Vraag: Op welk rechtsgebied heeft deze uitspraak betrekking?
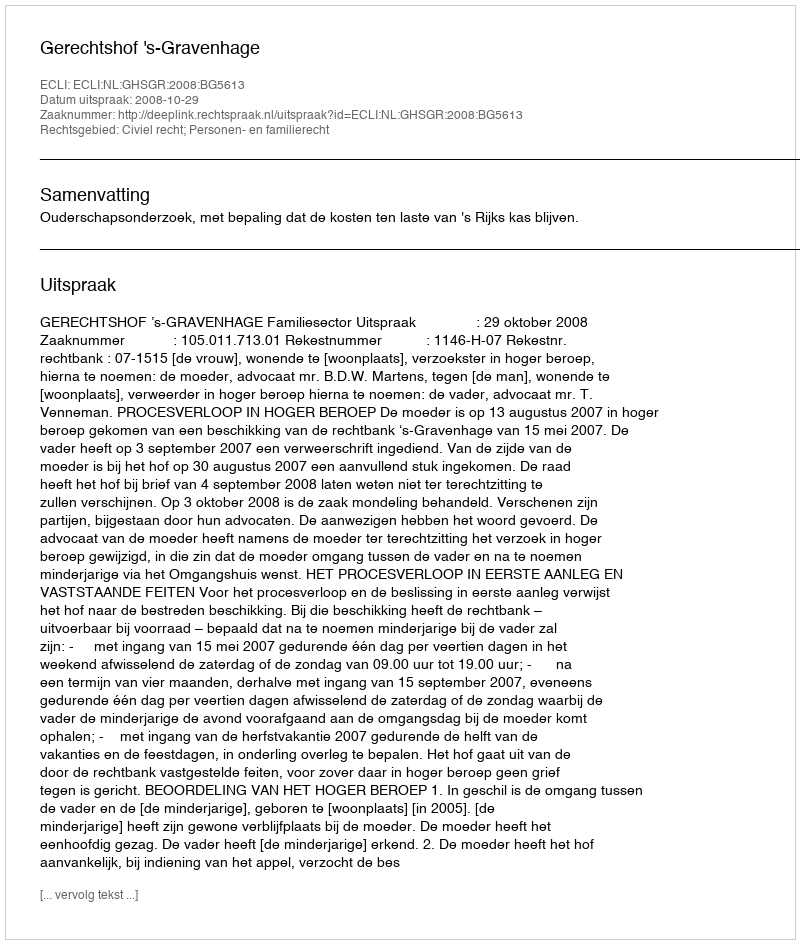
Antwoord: Civiel recht; Personen- en familierecht